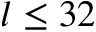
l \leq 3 2